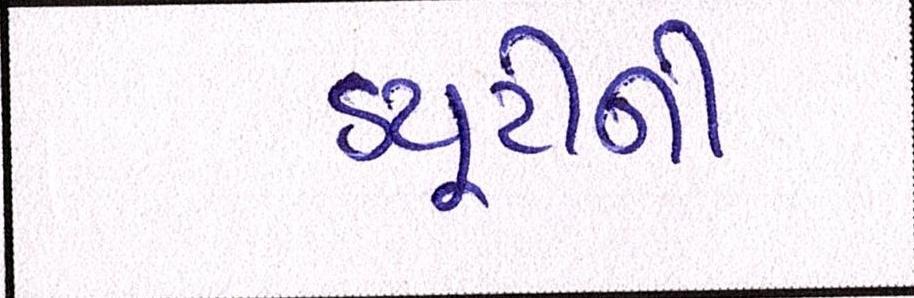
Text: ડયુટીની